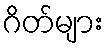
ဂိတ်များ